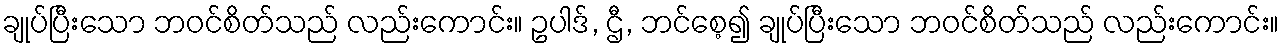
ချုပ်ပြီးသော ဘဝင်စိတ်သည် လည်းကောင်း။ ဥပါဒ်, ဌီ, ဘင်စေ့၍ ချုပ်ပြီးသော ဘဝင်စိတ်သည် လည်းကောင်း။